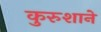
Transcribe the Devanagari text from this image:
कुरुशाने